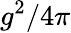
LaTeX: g^{2}/4\pi